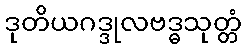
ဒုတိယဂဒ္ဒုလဗဒ္ဓသုတ္တံ